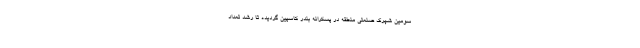
سومین شهرک صنعتی منطقه در پسکرانه بندر کاسپین گردیده تا رشد تعداد